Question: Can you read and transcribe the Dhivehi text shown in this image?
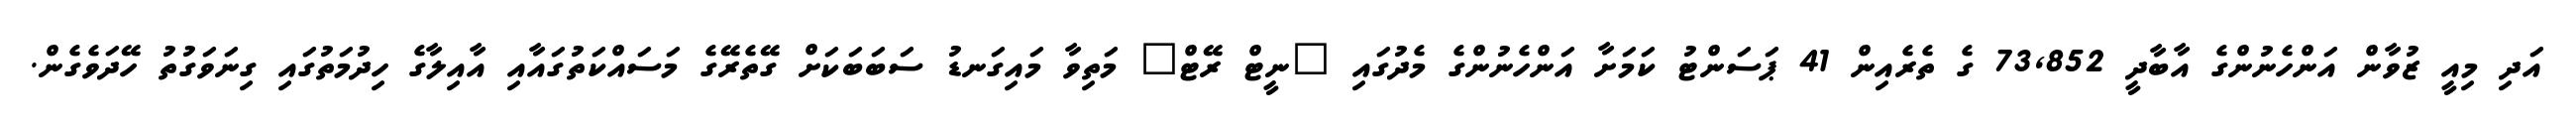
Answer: އަދި މިއީ ޒުވާން އަންހެނުންގެ އާބާދީ 73,852 ގެ ތެރެއިން 41 ޕަސަންޓު ކަމަށާ އަންހެނުންގެ މެދުގައި "ނީޓް ރޭޓް" މަތިވާ މައިގަނޑު ސަބަބަކަށް ގޭތެރޭގެ މަސައްކަތުގައާއި އާއިލާގެ ހިދުމަތުގައި ގިނަވަގުތު ހޭދަވެގެން.